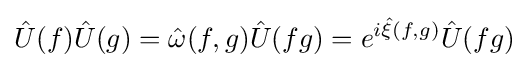
{\hat {U}}(f){\hat {U}}(g)={\hat {\omega }}(f,g){\hat {U}}(fg)=e^{i{\hat {\xi }}(f,g)}{\hat {U}}(fg)